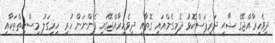
ދިވެހިރާއްޖޭގެ ޝާޙީ ދަރިފަސްކޮޅު ދެމިގެންއައި ގޮތާއި ދިވެހިރާއްޖޭގައި ފެންނަން ހުރި ހިރިގަލު މިސްކިތްތަކާއި